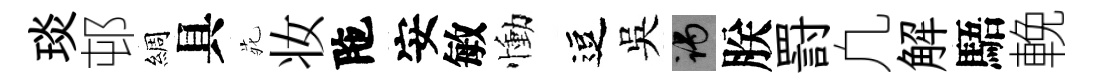
琰邨綢具𫟍妆陁安敏慟逗吳谒朕罸凢解䮏輓